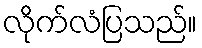
လိုက်လံပြသည်။